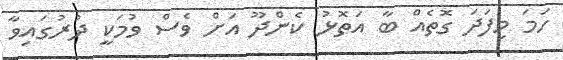
ހަމަ މިފަދަ ގޮތެއް ބާ އަތޮޅު ކެންދޫ އަށް ވެސް ވުމަކީ ދުރުގައިވާ